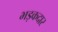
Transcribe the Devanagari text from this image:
भड़कदार